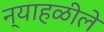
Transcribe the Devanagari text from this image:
न्याहळीले